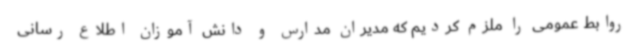
روابط عمومی را ملزم کردیم که مدیران مدارس و دانش آموزان اطلاع رسانی